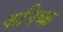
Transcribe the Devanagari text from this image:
कनिष्‍क